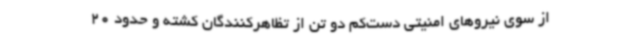
از سوی نیروهای امنیتی دست‌کم دو تن از تظاهرکنندگان کشته و حدود 20